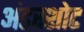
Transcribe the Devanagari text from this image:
अंडरशोट